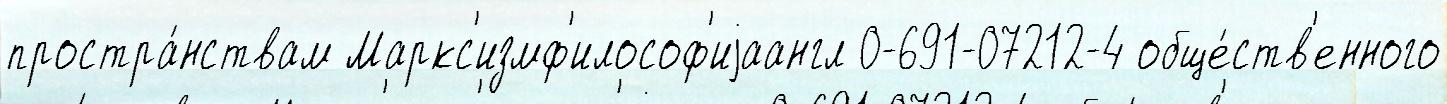
простра́нствам Маркс'измф'илософ'иjаангл 0-691-07212-4 обще́ств'енного